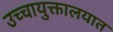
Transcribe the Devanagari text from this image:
उच्चायुक्तालयात